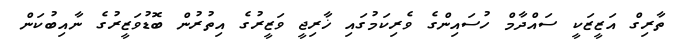
ތާރިގް އަޒީޒަކީ ސައްދާމް ހުސައިންގެ ވެރިކަމުގައި ޚާރިޖީ ވަޒީރުގެ އިތުރުން ބޮޑުވަޒީރުގެ ނާއިބުކަން